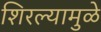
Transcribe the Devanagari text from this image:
शिरल्यामुळे